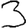
Digit: 3